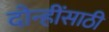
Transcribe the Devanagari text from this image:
दोन्हींसाठी